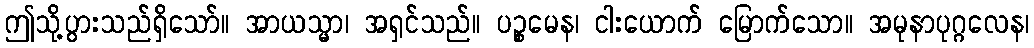
ဤသို့ပွားသည်ရှိသော်။ အာယသ္မာ၊ အရှင်သည်။ ပဉ္စမေန၊ ငါးယောက် မြောက်သော။ အမုနာပုဂ္ဂလေန၊